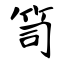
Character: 笥